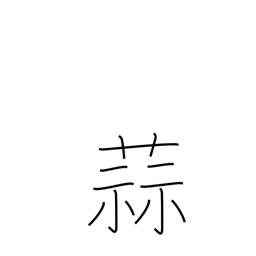
Meaning: garlic